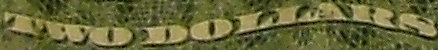
TWODOLLARS